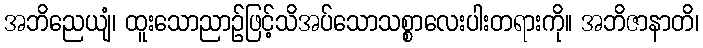
အဘိညေယျံ၊ ထူးသောညာဉ်ဖြင့်သိအပ်သောသစ္စာလေးပါးတရားကို။ အဘိဇာနာတိ၊